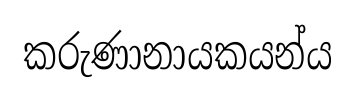
කරුණානායකයන්ය